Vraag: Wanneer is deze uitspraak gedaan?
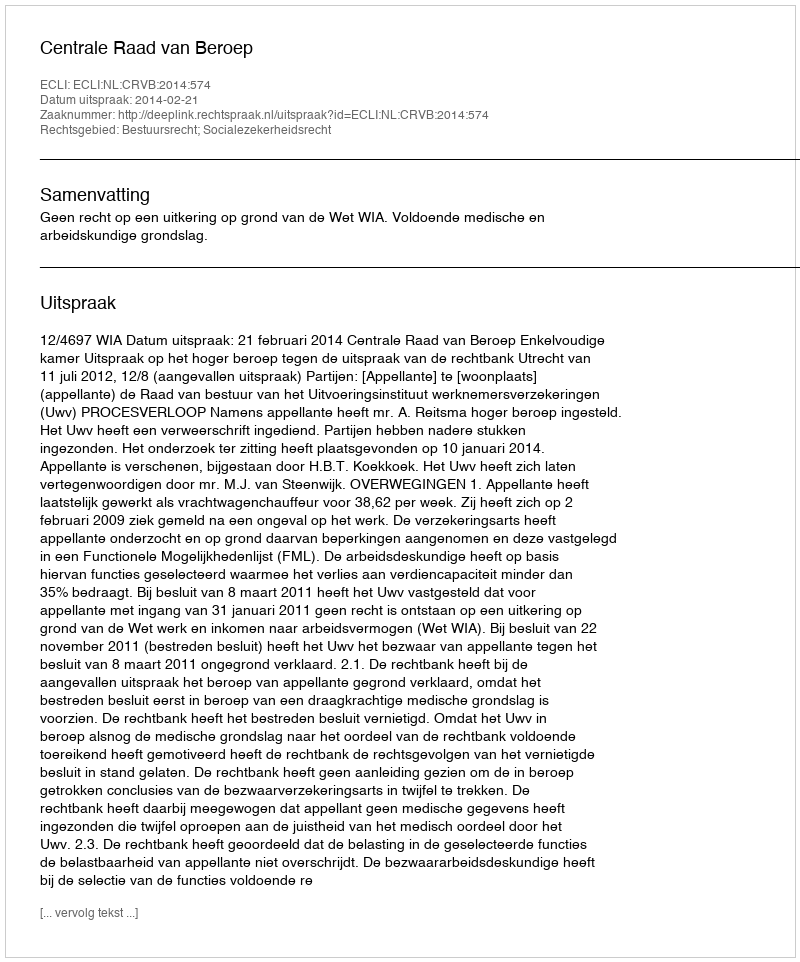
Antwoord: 2014-02-21